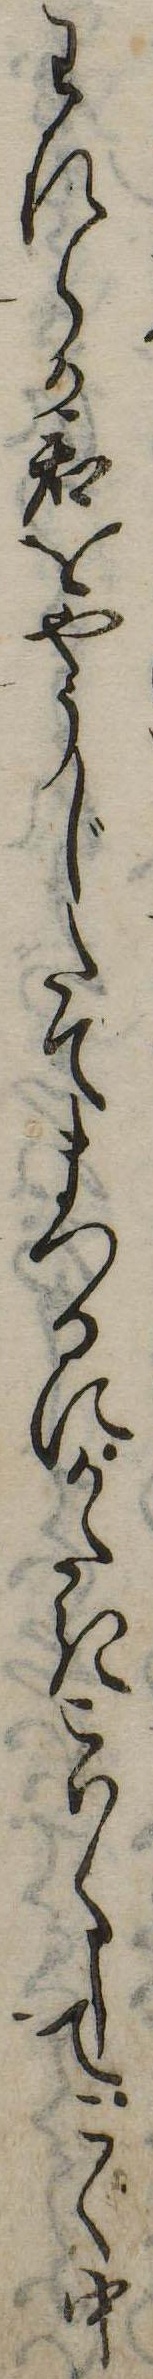
われらか君をやうじたてまつるにかたきこはくしてこく中